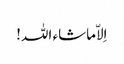
اِلاّماشاء اللہ!